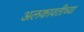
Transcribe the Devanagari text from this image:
अलकावतीच्या